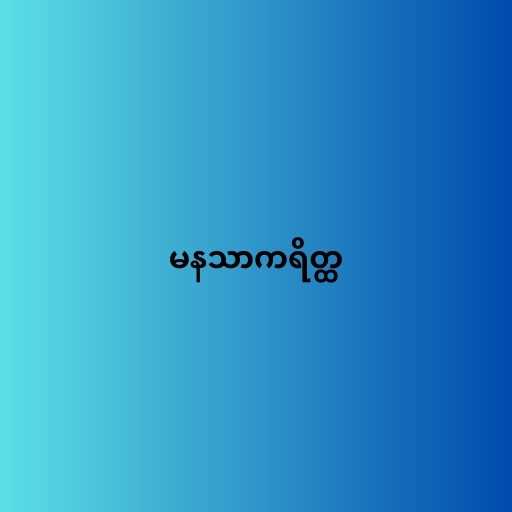
မနသာကရိတ္ထ